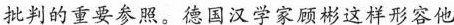
批判的重要参照。德国汉学家顾彬这样形容他